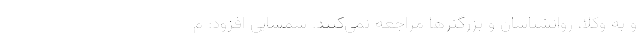
و به وکلا، روانشناسان و بزرگترها مراجعه نمی‌کنند. شمسایی افزود: م